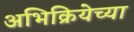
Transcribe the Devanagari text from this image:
अभिक्रियेच्या